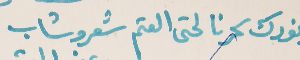
ونورك سحرنا لحتى العتم شعرو شاب